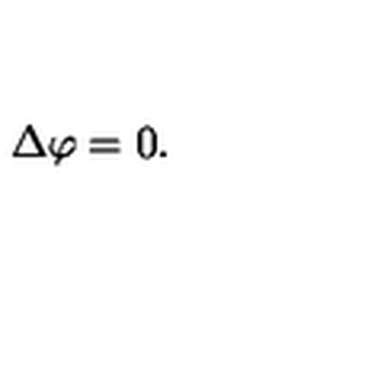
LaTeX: \mathrm { \boldmath \Delta } \mathrm { \boldmath \varphi } = 0 .